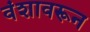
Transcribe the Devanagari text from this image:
वंशावरून